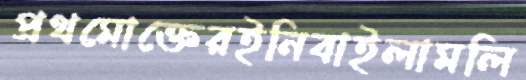
প্রথমোক্তেরইনিবাইলামলি